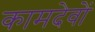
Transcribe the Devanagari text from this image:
कामदेवों